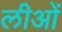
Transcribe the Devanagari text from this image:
लीओं